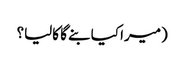
(میرا کیا بنے گا کالیا؟